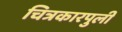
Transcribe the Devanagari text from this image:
चित्रकारपुली